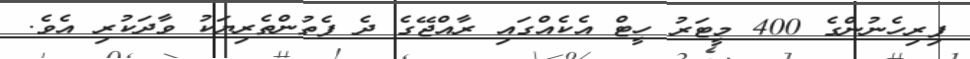
ފިރިހެނުންގެ 400 މީޓަރު ހީޓް އެކެއްގައި ރާއްޖޭގެ ދެ ފެތުންތެރިޔަކު ވާދަކުރި އެވެ.